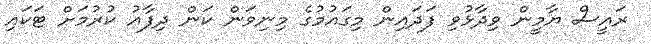
ރައީސް ޔާމީން ވިދާޅުވި ފަދައިން މިގައުމުގެ މިނިވަން ކަން ދިފާއު ކުރުމަށް ޓަކައި